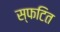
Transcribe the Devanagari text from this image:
स्फटित